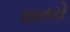
કાતરો